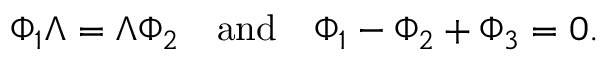
\Phi _ { 1 } \Lambda = \Lambda \Phi _ { 2 } \quad \mathrm { a n d } \quad \Phi _ { 1 } - \Phi _ { 2 } + \Phi _ { 3 } = 0 .